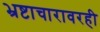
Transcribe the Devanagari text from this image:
भ्रष्टाचारावरही